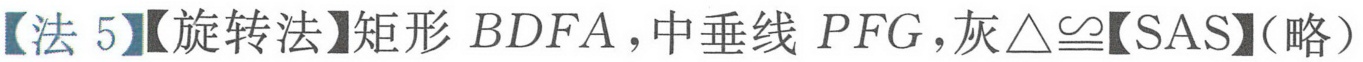
【法 5】【旋转法】矩形 \(BDFA\)，中垂线 \(PFG\)，灰\(\triangle\cong\)【SAS】(略）